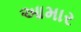
આમાર